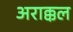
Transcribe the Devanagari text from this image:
अराक्कल